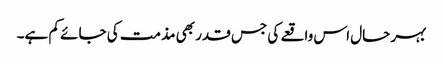
بہر حال اس واقعے کی جس قدر بھی مذمت کی جائے کم ہے۔